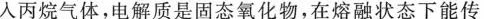
人丙烷气体，电解质是固态氧化物，在熔融状态下能